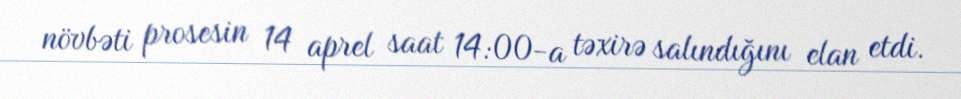
növbəti prosesin 14 aprel saat 14:00-a təxirə salındığını elan etdi.